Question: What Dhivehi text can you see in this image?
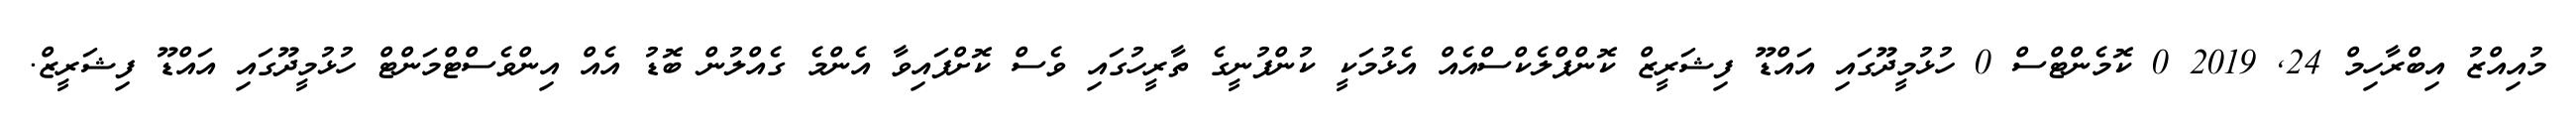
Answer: މުއިއްޒު އިބްރާހިމް 24, 2019 0 ކޮމެންޓްސް 0 ހުޅުމީދޫގައި އައްޑޫ ފިޝަރީޒް ކޮންޕްލެކްސްއެއް އެޅުމަކީ ކުންފުނީގެ ތާރީހުގައި ވެސް ކޮށްފައިވާ އެންމެ ގެއްލުން ބޮޑު އެއް އިންވެސްޓްމަންޓް ހުޅުމީދޫގައި އައްޑޫ ފިޝަރީޒް.